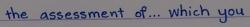
the assessment of ... which you